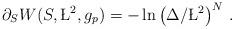
LaTeX: \begin{align*}\partial_{S}W(S,\L^{2},g_{p}) = -\ln\left(\Delta /\L^{2}\right)^{N}\, .\end{align*}